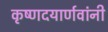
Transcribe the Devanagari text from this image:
कृष्णदयार्णवांनी